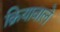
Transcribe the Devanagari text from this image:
क्रियावाले